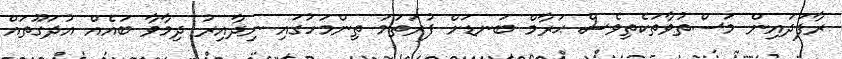
ރާފަދައިން މަސްތުވާތަކެތިވެސް ޙަރާމް ބަނޑަށް ފުރަތަމަ ތިންމަހުގައި ނިދާއިރު ދިމާވާ ބައެއް އުދަގޫތައް